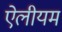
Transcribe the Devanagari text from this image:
ऐलीयम